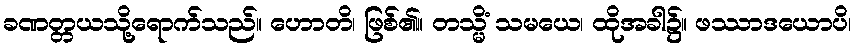
ခဏတ္တယသို့ရောက်သည်။ ဟောတိ၊ ဖြစ်၏။ တသ္မိံ သမယေ၊ ထိုအခါ၌။ ဖဿာဒယောပိ၊